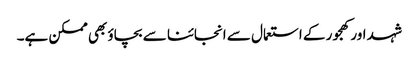
شہد اور کھجور کے استعمال سے انجائنا سے بچاؤ بھی ممکن ہے۔